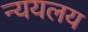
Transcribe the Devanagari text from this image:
न्ययलय